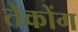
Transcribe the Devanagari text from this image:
तेकोंग